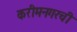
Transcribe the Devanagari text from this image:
करीमनगरची